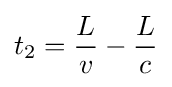
t_{2}={\frac {L}{v}}-{\frac {L}{c}}